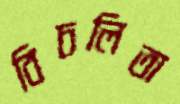
বিচলিতা